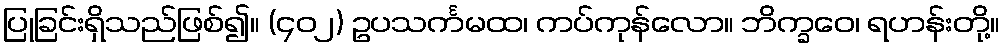
ပြုခြင်းရှိသည်ဖြစ်၍။ (၄၀၂) ဥပသင်္ကမထ၊ ကပ်ကုန်လော။ ဘိက္ခဝေ၊ ရဟန်းတို့။